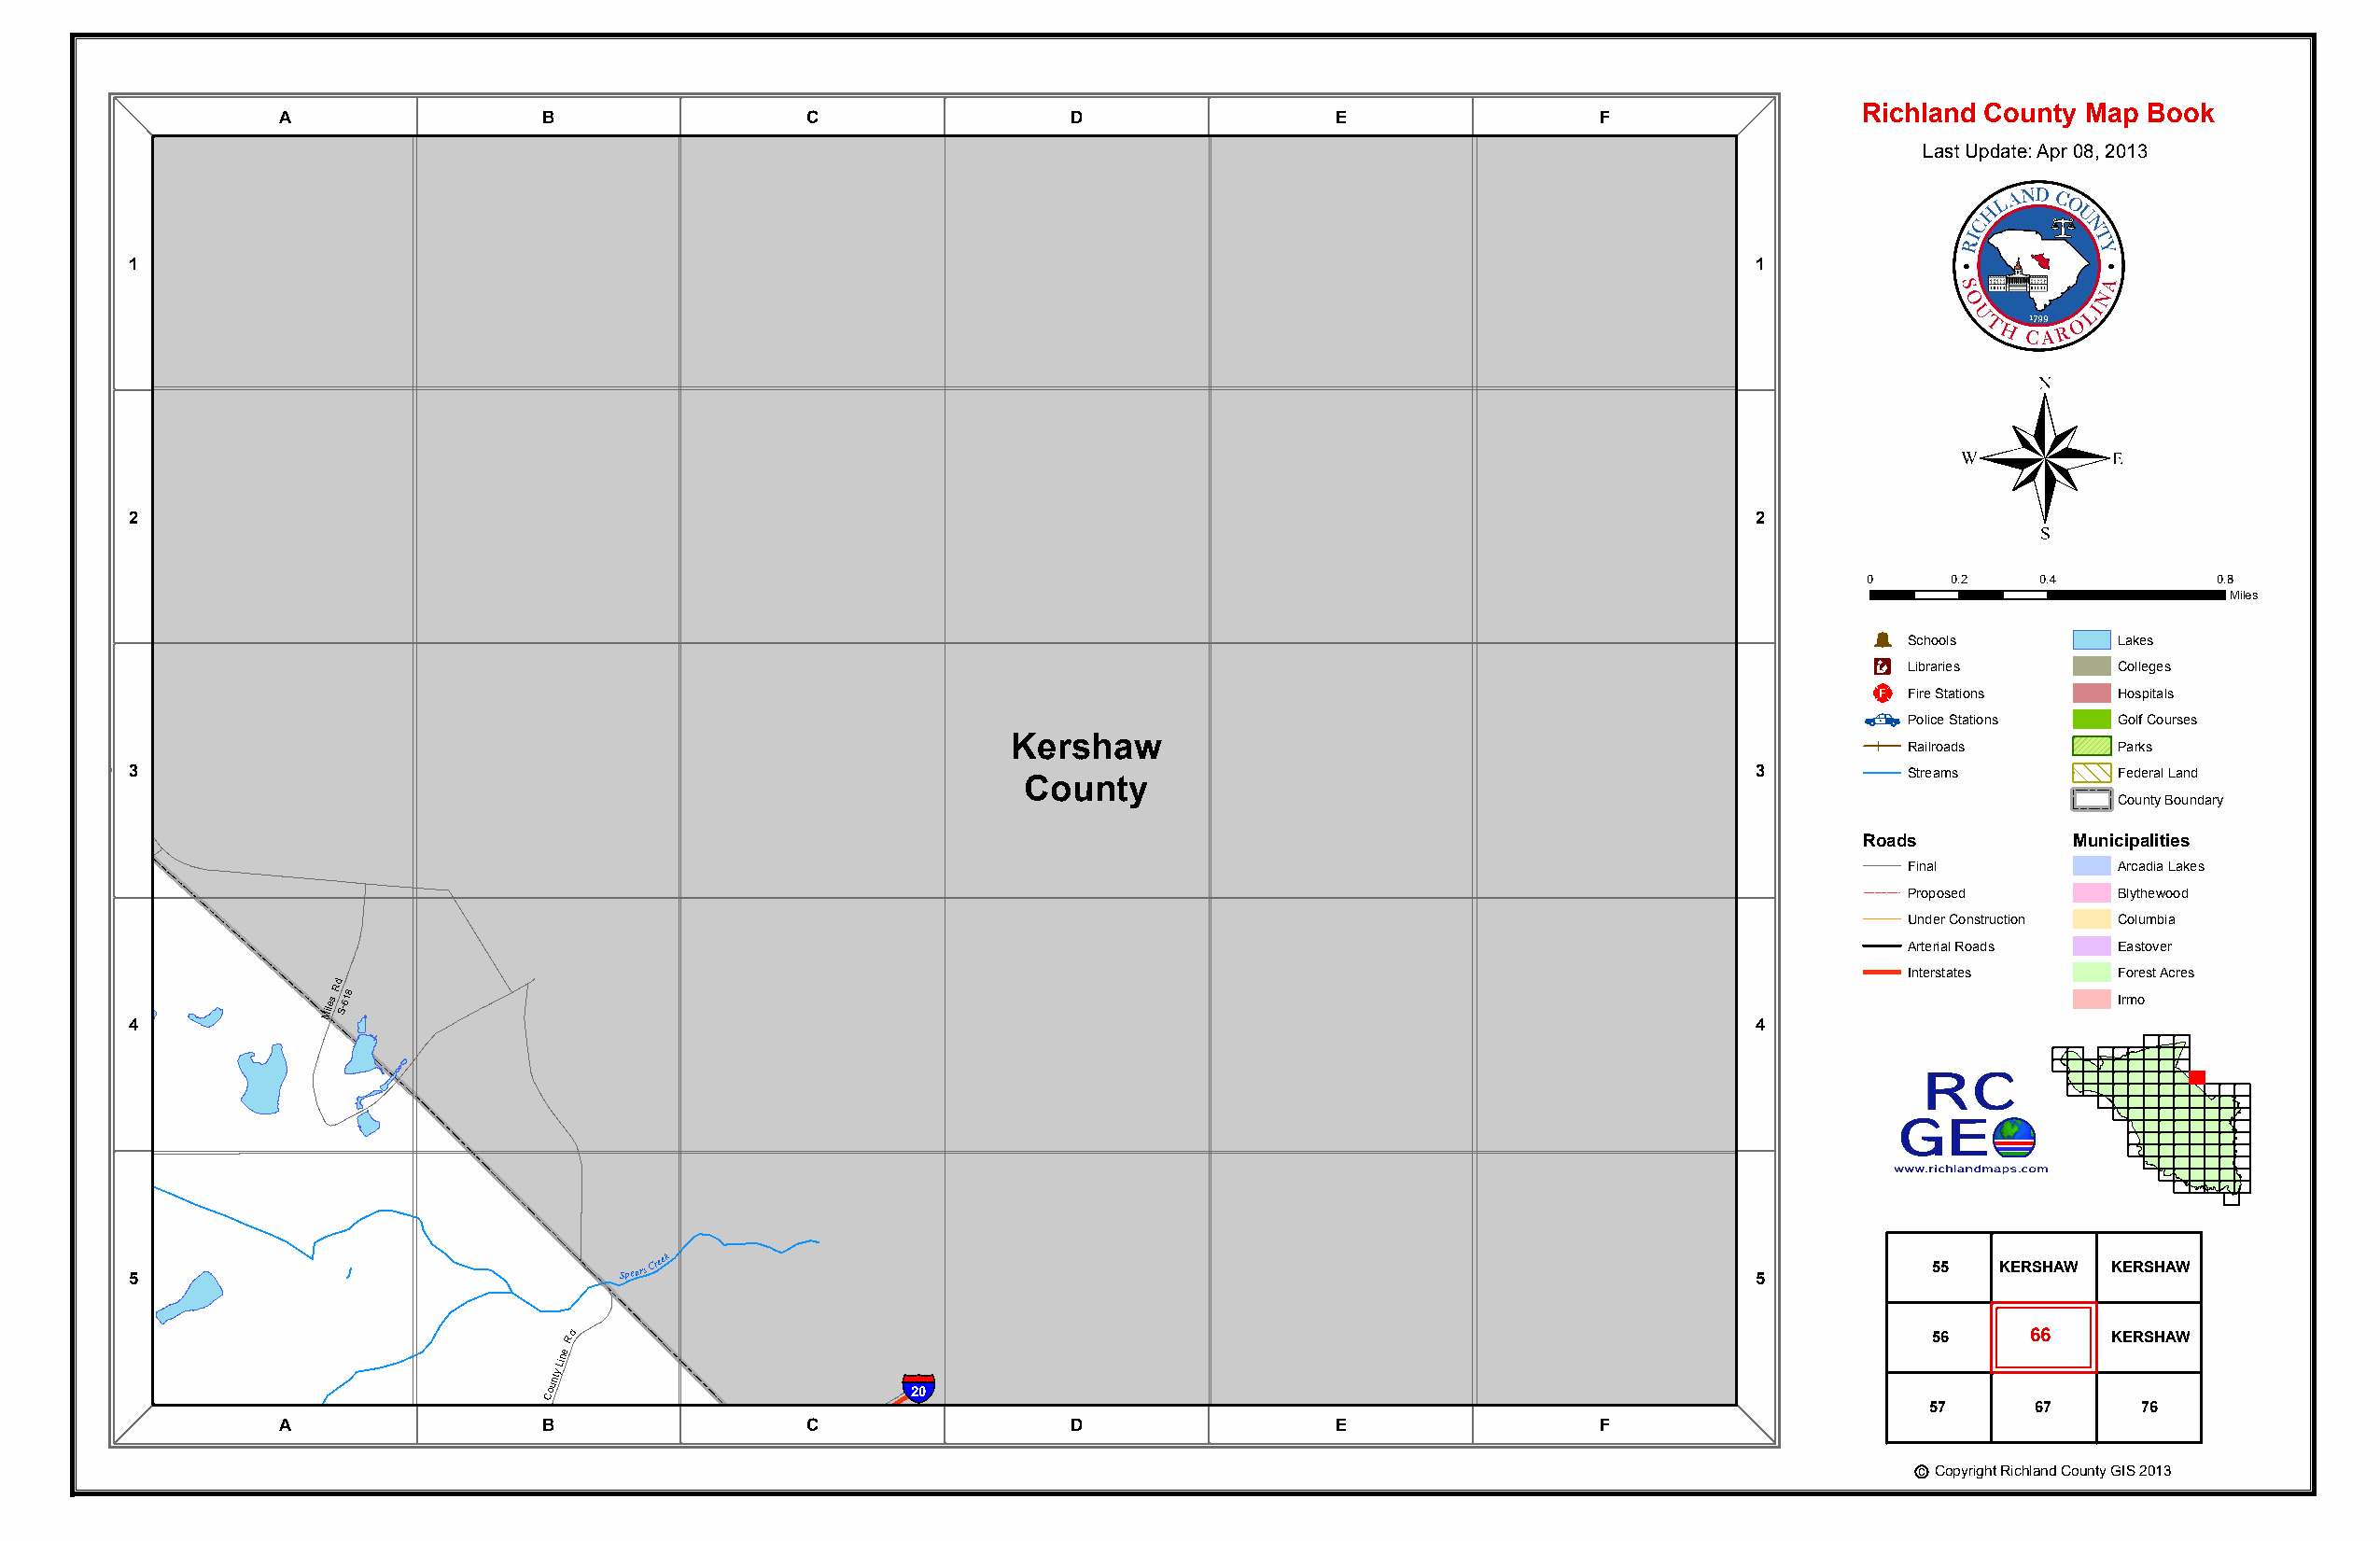
Richland County Map Book
 A                 B                  C                  D                  E                 F
 Last Update: Apr 08, 2013
 Kershaw
 1                                                                                                                   1
 County
 ®
 2                                                                                                                   2
 0     0.2    0.4         0.8
 Miles
 Þ
 Blaney
 C
 Rd
 Æc
 LS ic bh rao ro iels
 s
 CLa ok lle es
 ges
 a ne
 P
 _¨
 Fire Stations  Hospitals
 atch
 Ln
 Police Stations Golf Courses
 Kershaw                                                        Railroads      Parks
 3                                                                                                                   3         Streams        Federal Land
 County
 County Boundary
 Roads          Municipalities
 Final          Arcadia Lakes
 Proposed       Blythewood
 Under Construction Columbia
 Arterial Roads Eastover
 Interstates    Forest Acres
 Miles
 Rd
 S-618
 Irmo
 4                                                                                                                   4
 D
 eerpark
 D
 5
 Spears
 Creek
 5
 55   KERSHAW KERSHAW
 r
 Rd                                                                                               56     66    KERSHAW
 County
 Line
 §¨¦
 20
 57     67      76
 A                 B                  C                  D                  E                 F
 Deerpark
 Dr
 Jaco
 Sb -s
 1
 M 05il 7l
 Pond
 Rd
 Count
 yLin e
 Rd
 c Copyright Richland County GIS 2013